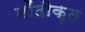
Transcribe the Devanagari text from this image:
नोंदीकृत